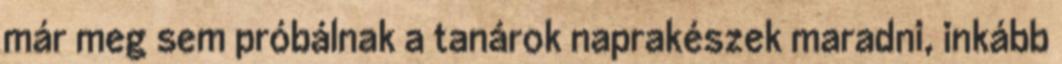
már meg sem próbálnak a tanárok naprakészek maradni, inkább